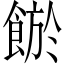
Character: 𩜏